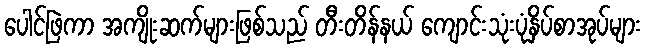
ပေါင်ဖြဲကာ အကျိုးဆက်များဖြစ်သည် တီးတိန်နယ် ကျောင်းသုံးပုံနှိပ်စာအုပ်များ